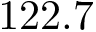
1 2 2 . 7